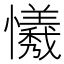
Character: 𢤻